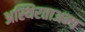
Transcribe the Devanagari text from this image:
अस्थिरताअन्य